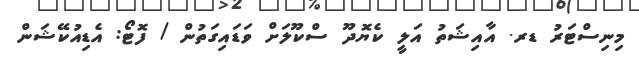
މިނިސްޓަރު ޑރ. އާއިޝަތު އަލީ ކެޔޮދޫ ސްކޫލަށް ވަޑައިގަތުން / ފޮޓޯ: އެޑިއުކޭޝަން